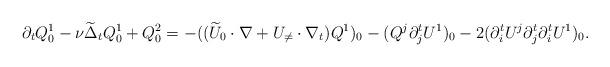
LaTeX: \begin{align*} \partial_t Q_0^1 - \nu \widetilde{\Delta}_t Q_0^1+ Q^2_0 = - ((\widetilde{U}_0 \cdot \nabla + U_{\neq} \cdot \nabla_t)Q^1)_0 - (Q^j \partial_j^t U^1)_0 - 2(\partial_i^t U^j \partial_j^t \partial_i^t U^1)_0.\end{align*}